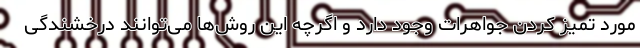
مورد تمیز کردن جواهرات وجود دارد و اگرچه این روش‌ها می‌توانند درخشندگی